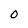
Character: O